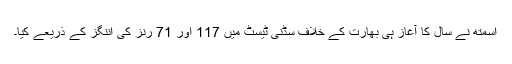
اسمتھ نے سال کا آغاز ہی بھارت کے خلاف سڈنی ٹیسٹ میں 117 اور 71 رنز کی اننگز کے ذریعے کیا۔